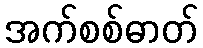
အက်စစ်ဓာတ်